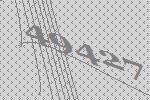
49427